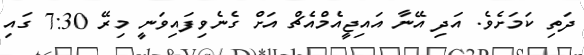
ދަތި ކަމަށެވެ. އަދި އޭނާ އައިޖީއެމްއެޗް އަށް ގެނެވިފައިވަނީ މިރޭ 7:30 ގައި